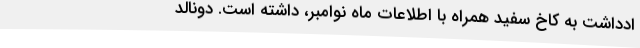
ادداشت به کاخ سفید همراه با اطلاعات ماه نوامبر، داشته است. دونالد